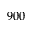
9 0 0